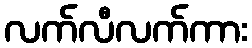
လက်လီလက်ကား